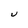
Character: U